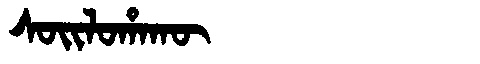
Manchu: ᠰᠣᡳᠯᠣᡥᠠᡴᡡ
Romanization: SOILOHAKŪ